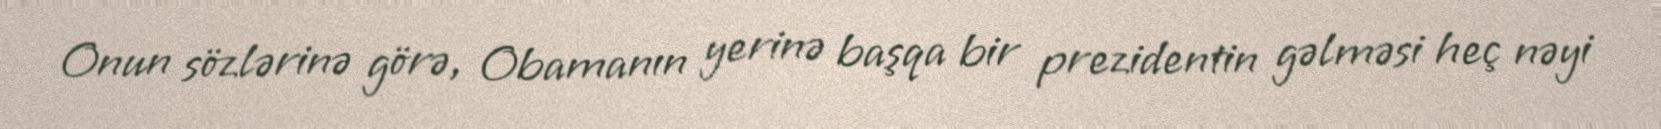
Onun sözlərinə görə, Obamanın yerinə başqa bir prezidentin gəlməsi heç nəyi